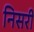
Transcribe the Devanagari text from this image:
निसरी